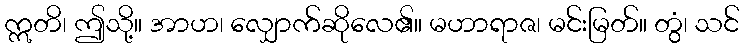
ဣတိ၊ ဤသို့။ အာဟ၊ လျှောက်ဆိုလေ၏။ မဟာရာဇ၊ မင်းမြတ်။ တွံ၊ သင်